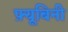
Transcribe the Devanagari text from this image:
फ़्यूबिनी